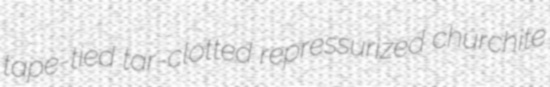
tape-tied tar-clotted repressurized churchite